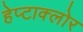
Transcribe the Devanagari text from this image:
हेप्‍टाक्‍लोर